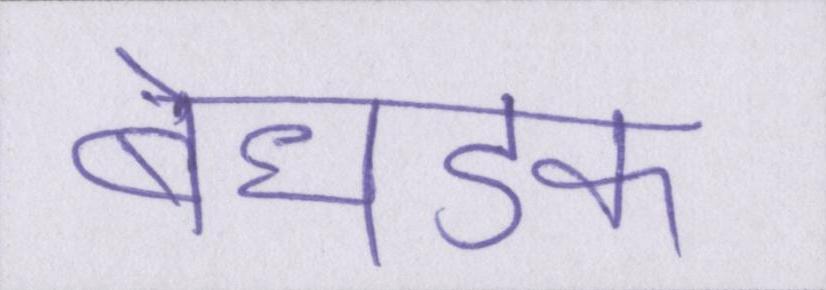
बेधडक